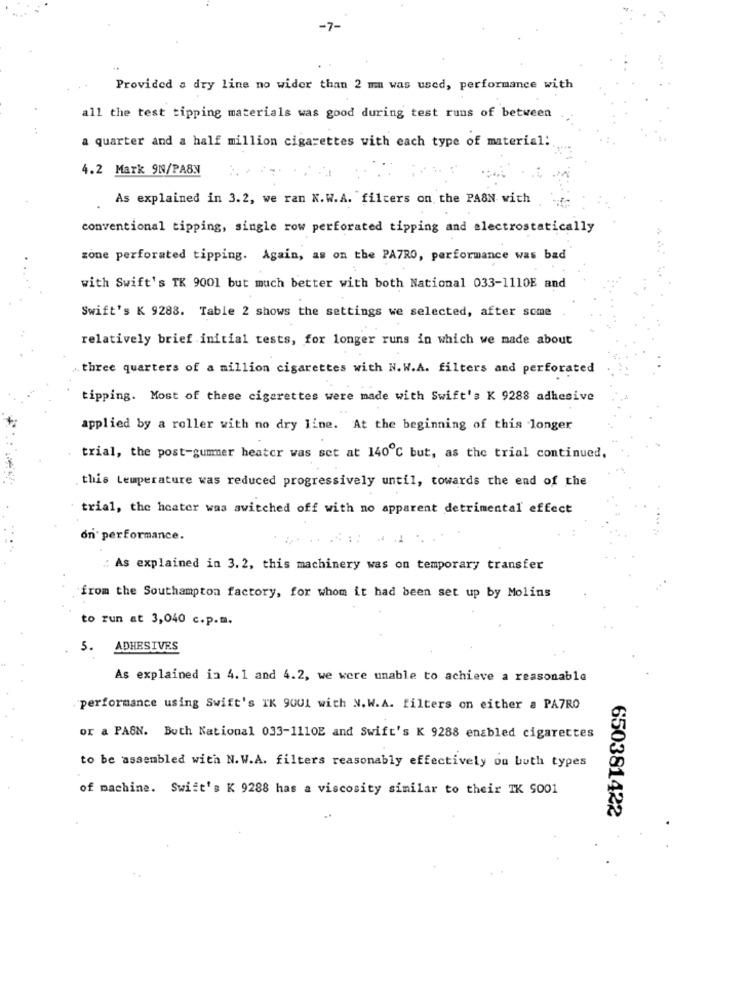
-7-
Provided a dry line no wider than 2 mm was used, performance with
all the test tipping materials was good during test runs of between
a quarter and a half million cigarettes with each type of material:
4.2 Mark 9N/PASN
As explained in 3.2, we ran N.W.A. filters on the PASN with
conventional tipping, single row perforated tipping and electrostatically
zone perforated tipping. Again, as on the PATRO, performance was bad
with Swift's TK 9001 but much better with both National 033-1110E and
Swift's K 9283. Table 2 shows the settings we selected, after some
relatively brief initial tests, for longer runs in which we made about
three quarters of a million cigarettes with N.W.A. filters and perforated
tipping. Most of these cigarettes were made with Swift's K 9288 adhesive
applied by a roller with no dry line. At the beginning of this longer
trial, the post-gummer heater was set at 140℃ but, as the trial continued,
this temperature was reduced progressively until, towards the end of the
trial, the heater was switched off with no apparent detrimental effect
on performance.
:: As explained in 3.2, this machinery was on temporary transfer
from the Southampton factory, for whom it had been set up by Molins
to run at 3,040 c.p.m.
5. ADHESIVES
As explained in 4.1 and 4.2, we were unable to achieve a reasonable
performance using Swift's IK 9001 with N. W.A. filters on either a PA7RO
or a PASN. Both National 033-1110E and Swift's K 9288 enabled cigarettes
to be assembled with N.W.A. filters reasonably effectively ou buth types
of machine. Swift's K 9288 has a viscosity similar to their TK 9001
650381422